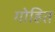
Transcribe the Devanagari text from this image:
गोहित